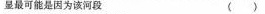
显最可能是因为该河段 ( )